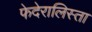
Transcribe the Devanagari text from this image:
फेदेरालिस्ता